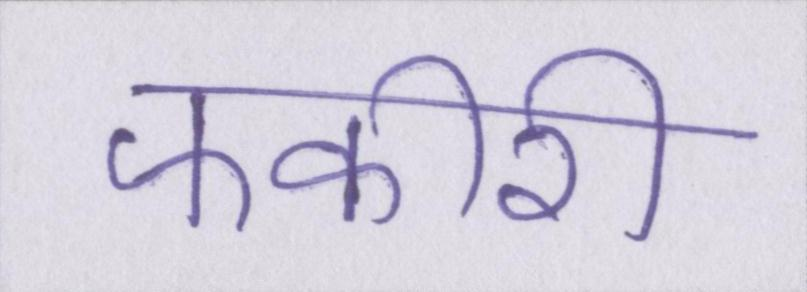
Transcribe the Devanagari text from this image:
फकीरी